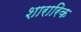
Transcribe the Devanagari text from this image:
शारारिक